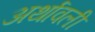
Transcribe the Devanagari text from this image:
अर्थावली